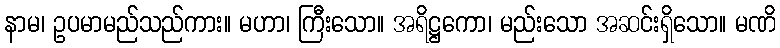
နာမ၊ ဥပမာမည်သည်ကား။ မဟာ၊ ကြီးသော။ အရိဋ္ဌကော၊ မည်းသော အဆင်းရှိသော။ မဏိ